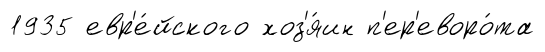
1935 евр'е́йского хоз'я́ин п'ер'еворо́та